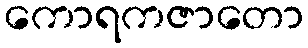
ကောရကဇာတော